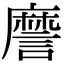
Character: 䜆